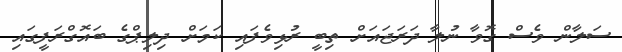
ސަލާން ވެސް ގޮވާ ނުލާ ދަރަޖައަށް ތިބީ ރުޅިވެފައި ކަމަށް ދިލިޕްގެ ބައޮގްރަފީގައި